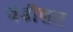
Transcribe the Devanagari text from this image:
चंडीशत